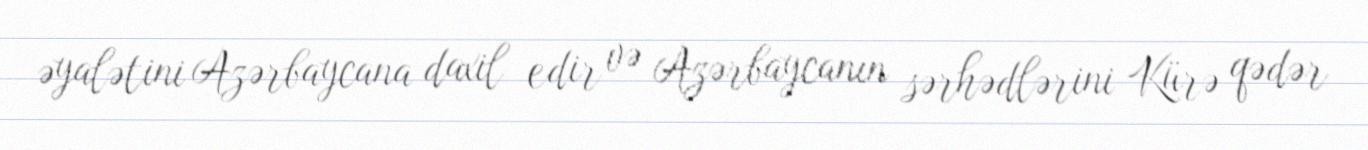
əyalətini Azərbaycana daxil edir və Azərbaycanın sərhədlərini Kürə qədər